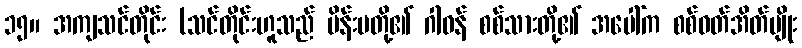
၁၅။ အကျသင်တိုင်း (သင်တိုင်းဟူသည် မိန်းမတို့၏ ဂါဝန် စစ်သားတို့၏ အပေါ်က စစ်ဝတ်အိတ်မျိုး